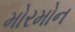
મોરમોન